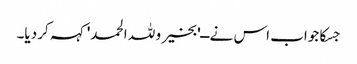
جسکا جواب اس نے ــ'بخیر و للہ الحمد' کہہ کر دیا۔